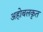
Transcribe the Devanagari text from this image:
अहोबलकृत